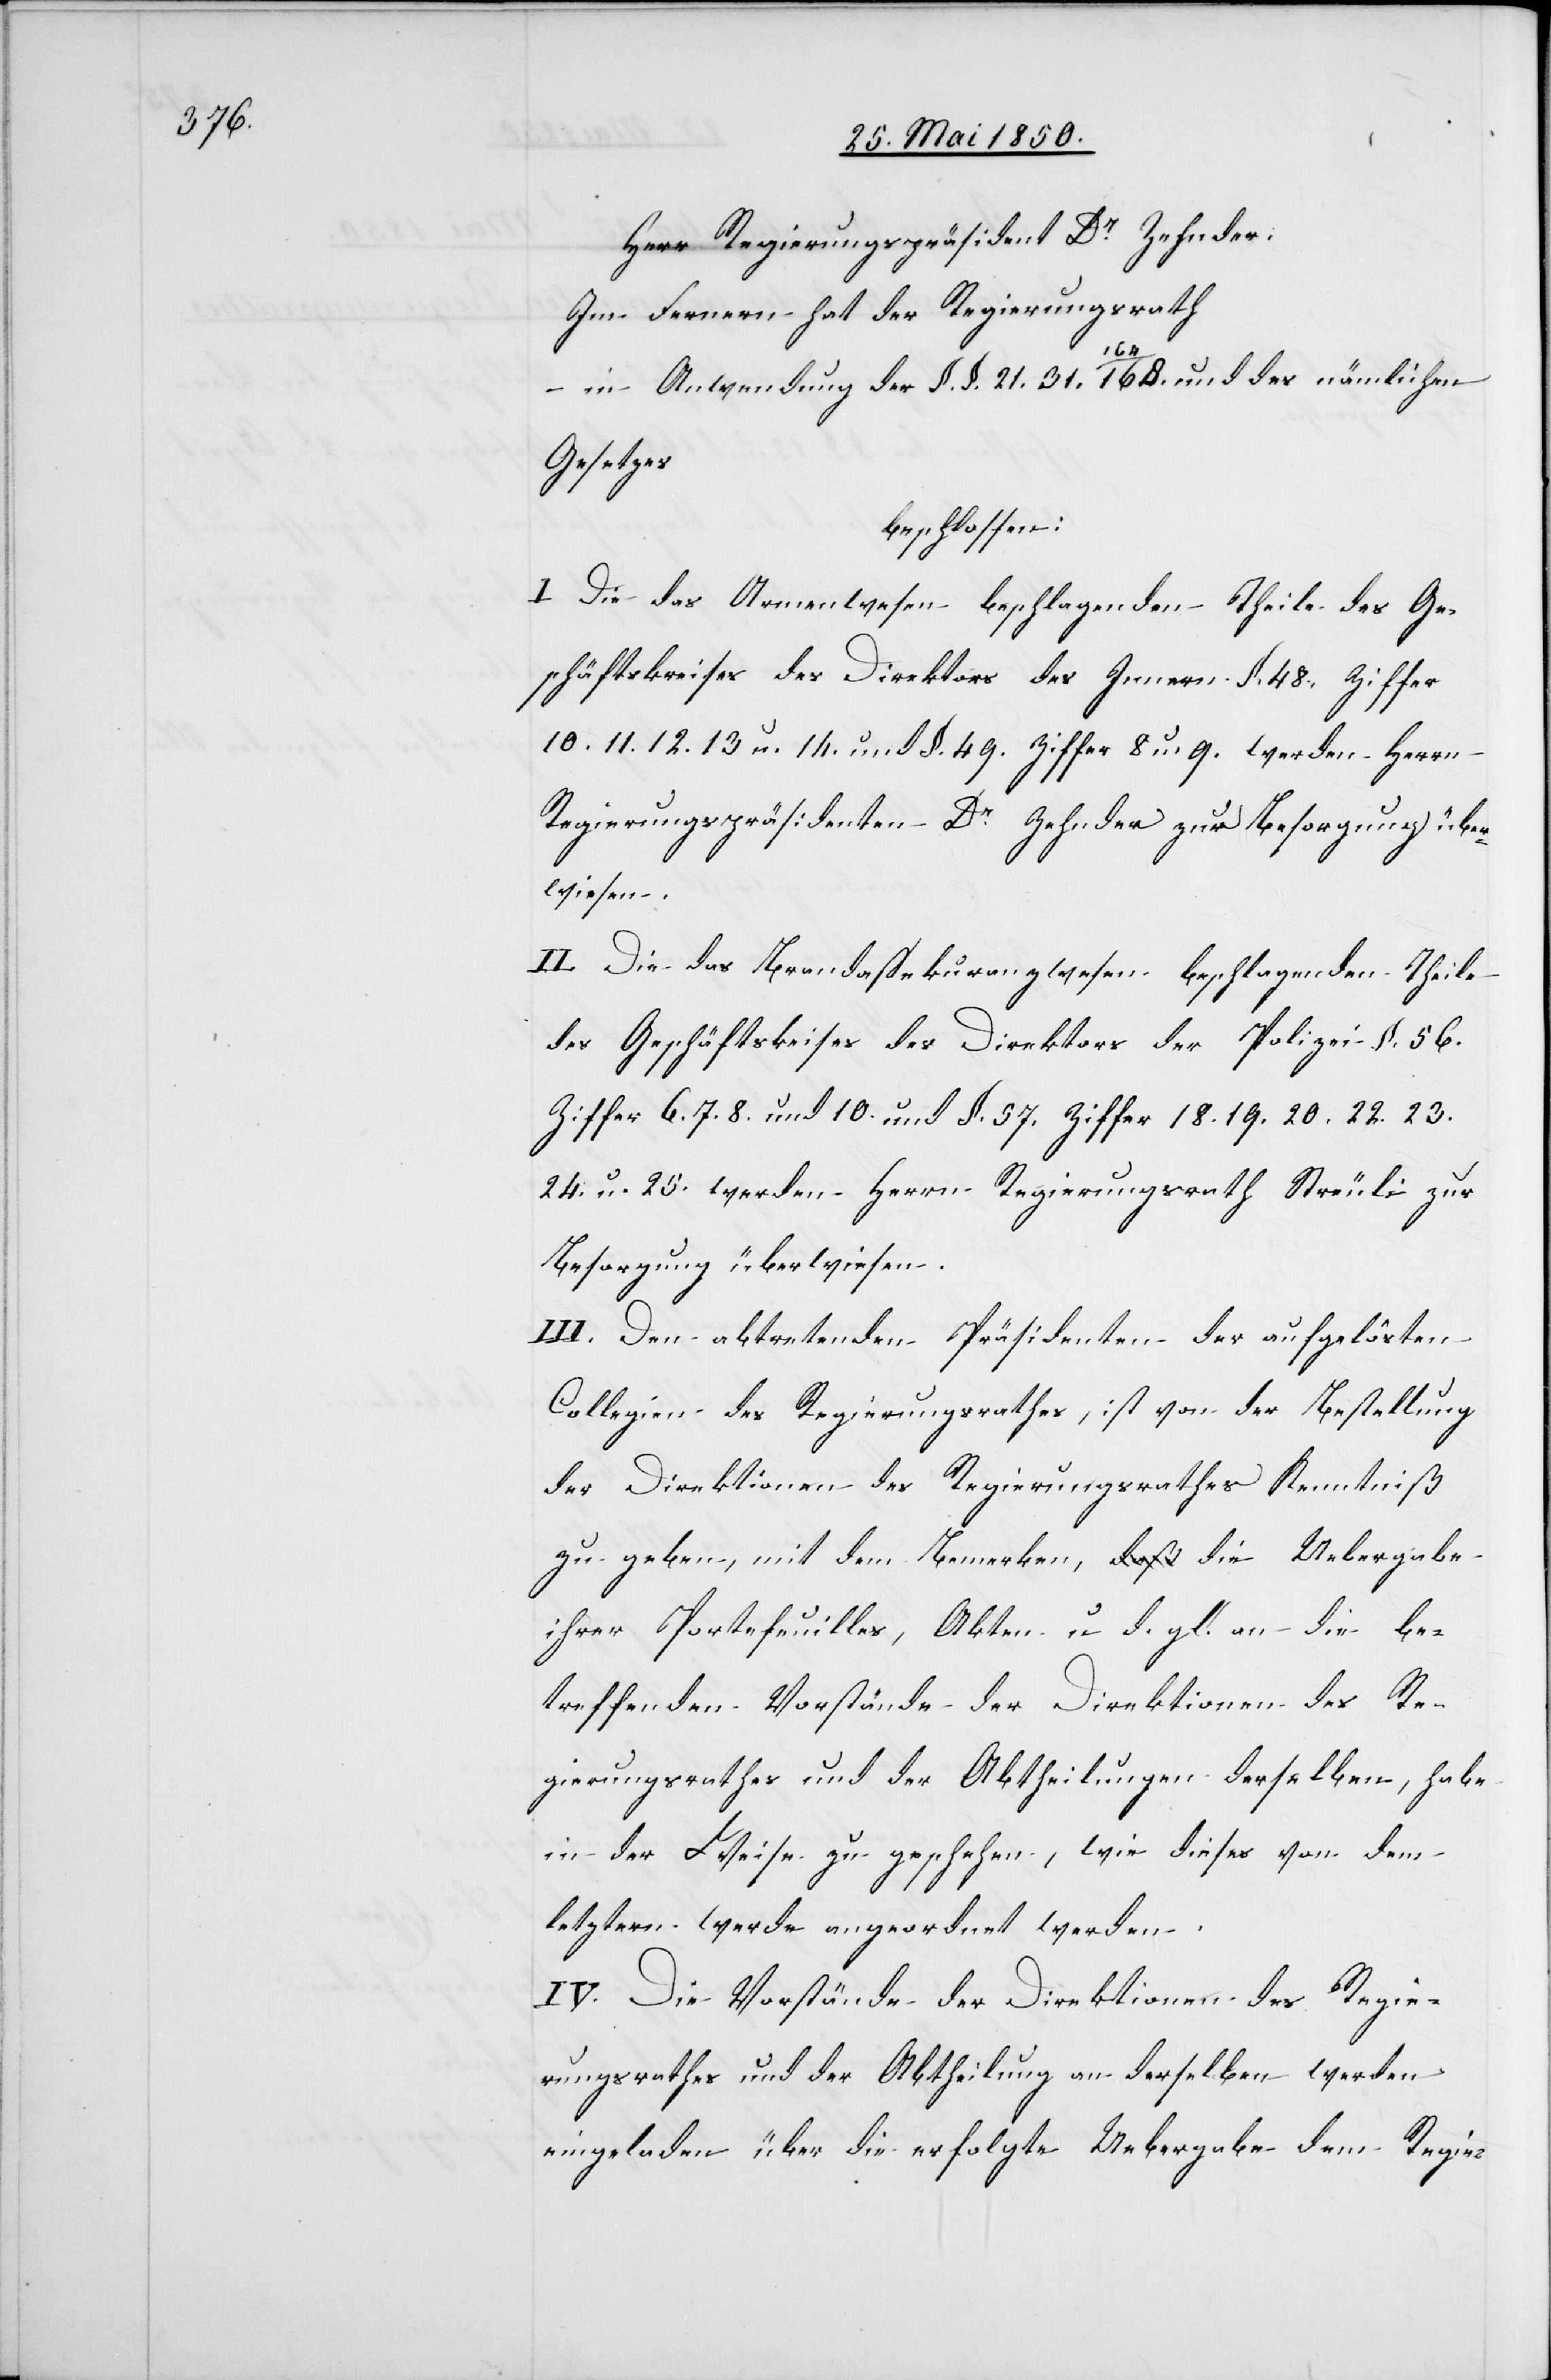
Herr Regierungspräsident Dr Zehnder;
Im Fernern hat der Regierungsrath
–
in Anwendung der §. §. 21. 31. 164 168. und des nämlichen
Gesetzes
beschlossen:
I Die das Armenwesen beschlagenden Theile des Ge¬
schäftskreises des Direktors des Innern §. 48. Ziffer
10. 11. 12. 13 u. 14. und §. 49. Ziffer 8 u. 9. werden Herrn
Regierungspräsidenten Dr Zehnder zur Besorgung über¬
wiesen.
II. Die das Brandassekuranzwesen beschlagenden Theile
des Geschäftskreises des Direktors der Polizei §. 56.
Ziffer 6. 7. 8. und 10. und §. 57. Ziffer 18. 19. 20. 22. 23.
24. u. 25. werden Herrn Regierungsrath Streuli zur
Besorgung überwiesen.
III. Den abtretenden Präsidenten der aufgelösten
Collegien des Regierungsrathes, ist von der Bestellung
der Direktionen des Regierungsrathes Kenntniß
zu geben, mit dem Bemerken, die Uebergabe
ihrer Portefeuilles, Akten u. d. gl. an die be¬
treffenden Vorstände der Direktionen des Re¬
gierungsrathes und der Abtheilungen derselben, habe
in der Weise zu geschehen, wie dieses von dem
letztern werde angeordnet werden.
IV. Die Vorstände der Direktionen des Regie¬
rungsrathes und der Abtheilung an derselben werden
eingeladen über die erfolgte Uebergabe dem Regie-